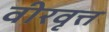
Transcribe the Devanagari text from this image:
वीरवृत्त